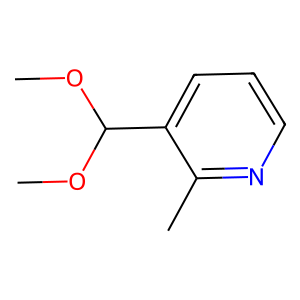
SMILES: COC(OC)c1cccnc1C
Inhibits HIV replication: No